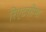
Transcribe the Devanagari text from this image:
रिएटसीमा